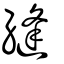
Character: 縫